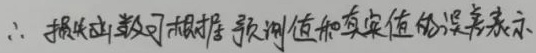
\(\therefore\)损失函数可根据预测值和真实值的误差表示